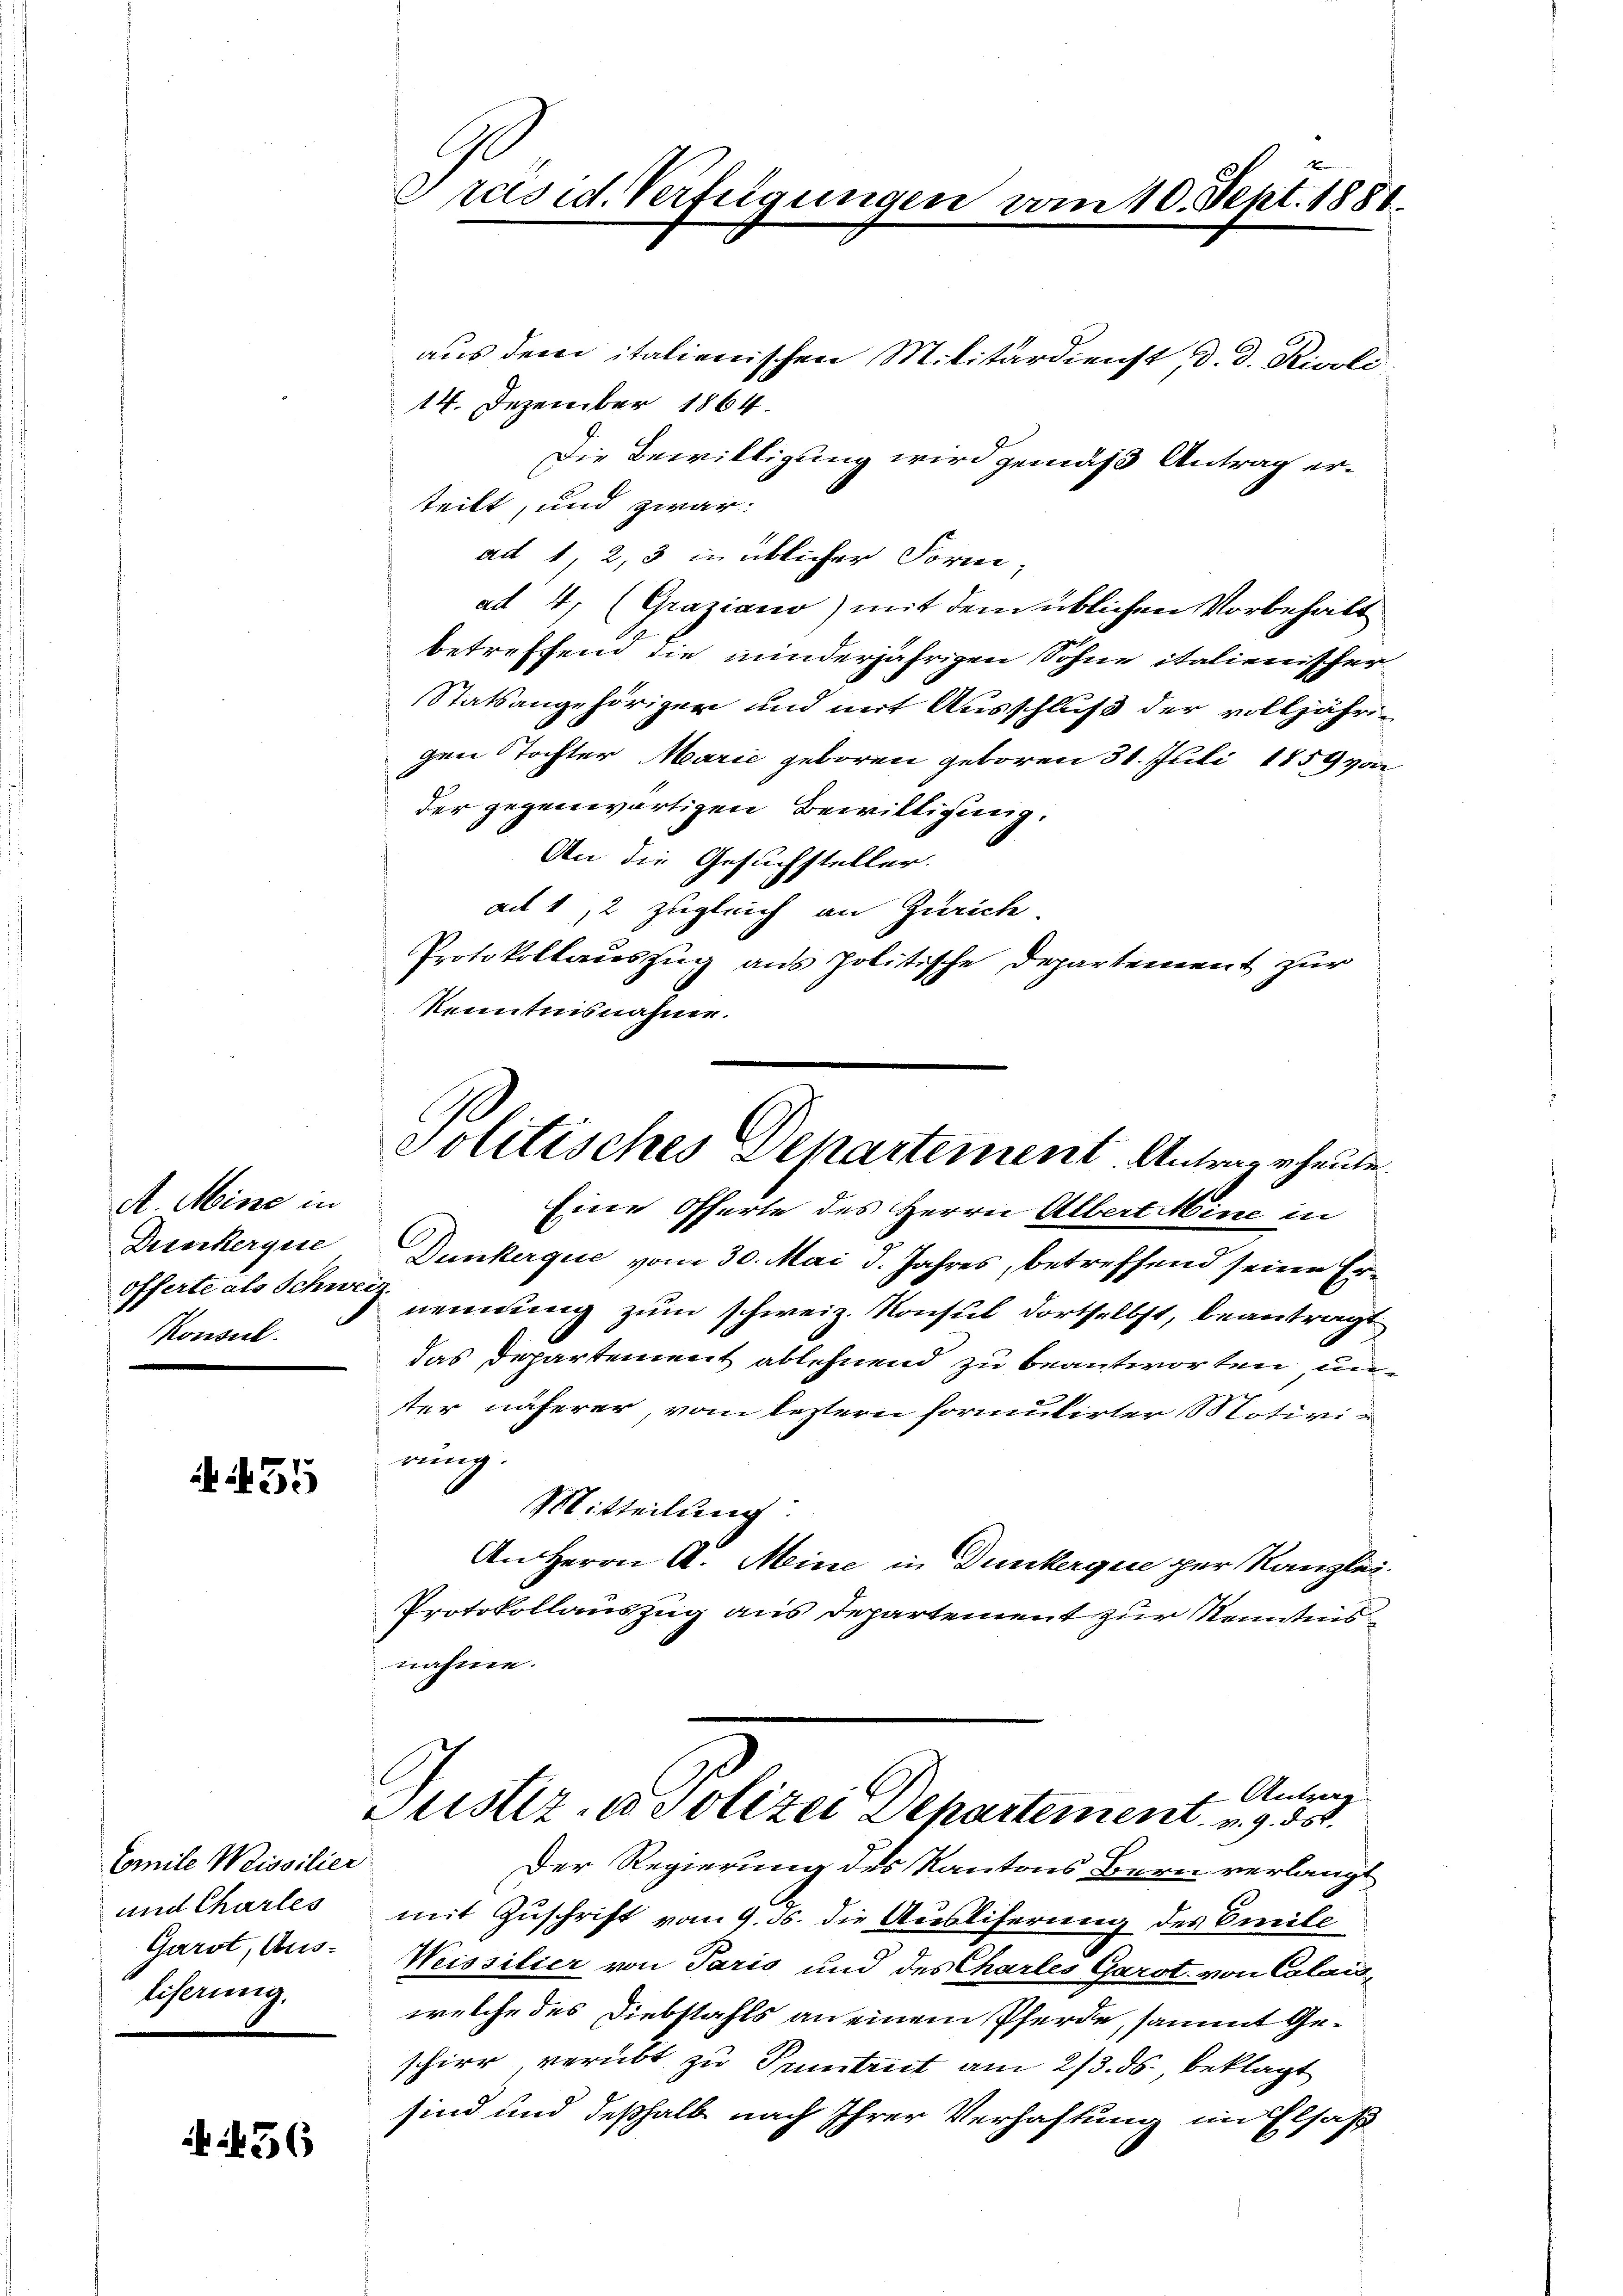
A Misse in
Dreckergie
offerte als Schwe
Konseil.

A55

Comite Weissilier
und Charles
Garst, Ausliserung.

456

x
drasid. Verfügungen vom 10. Sept. 1881.

aus dem italienischen Militärdienst d. d. Rivoli
14. Dezember 1864.
Die Bewilligung wird gemäß Antrag ersteilt, und zwar:
ad 1, 2, 3 in üblicher Form,
ad 4. (Graziano) mit dem üblichen Vorbehalt
betreffend die minderjährigen Sohne italienischer
Statsangehöriger und mit Ausschluß der volljährig
gen Tochter Marie geboren geboren 31. Juli 1859 von
der gegenwärtigen Bewilligung.
An die Gesuchsteller.
ad 112 zugleich an Zürich
Protokollauszug aus politische Departement zur
Kenntnisnahme.
Eine Offerte des Herrn Albert Mine in
Dunkerque vom 30. Mai d. Jahres, betreffend seinen Er¬
.
nennung zum schweiz. Konsul dortselbst, beantragt
das Departement ablehnend zu beantworten unter näherer, vom leztern formutirter Motivirung.
Mitteilung
An Herrn A. Meine in Dunkerque per Kanzlei.
Protokollauszug aus Departement zur Kenntnis
nahme.
 Antrag
Justiz- u Polizei Departement v. 9. ds.
Der Regierung des Kantons Bern verlangt
mit Zuschrift vom 9. ds. die Ausliferung des Breite
Weissilier von Paris und des Chartes Garst. von Calais,
welche des Diebstahls an einem Pferde, sammt Geschier verübt zu Puntrut am 2/3. ds. beklagt
sind und deßhalb nach Ihrer Verhaftung im Elsaß

Politisches Departement. Antrage heute